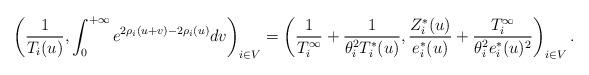
LaTeX: \begin{align*}\left(\frac{1}{T_i(u)},\int_0^{+\infty}e^{2\rho_i(u+v)-2\rho_i(u)}dv\right)_{i\in V}=\left( \frac{1}{T_i^{\infty}}+\frac{1}{ \theta_i^2T_i^*(u)},\frac{Z_i^*(u)}{e_i^*(u)}+\frac{T_i^{\infty}}{\theta_i^2e_i^*(u)^2}\right)_{i\in V}.\end{align*}